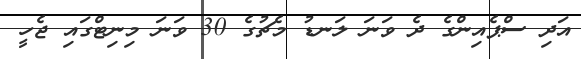
އަދި ސްޕެއިންގެ ދެ ވަނަ ލަނޑު މެޗުގެ 30 ވަނަ މިނިޓްގައި ޖެހީ